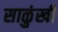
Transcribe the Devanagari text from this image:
साळुंखी